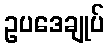
ဥပဒေချုပ်